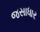
જસાધાર